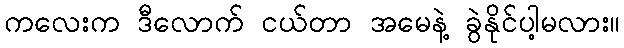
ကလေးက ဒီလောက် ငယ်တာ အမေနဲ့ ခွဲနိုင်ပါ့မလား။